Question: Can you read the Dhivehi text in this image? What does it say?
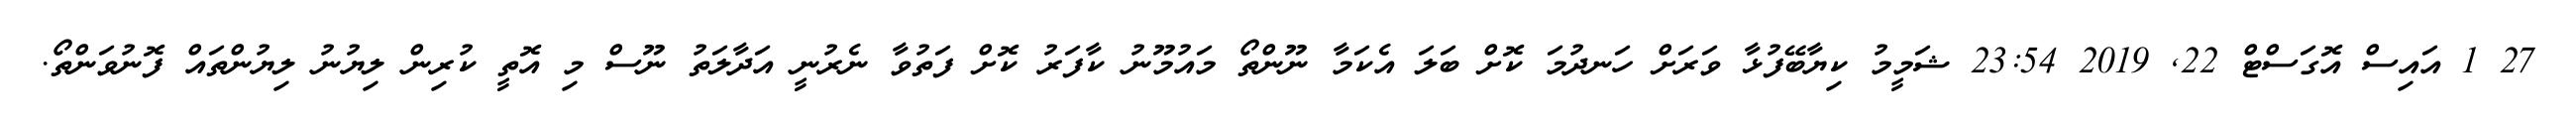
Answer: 27 1 އައިސް އޮގަސްޓް 22, 2019 23:54 ޝަމީމު ކިޔާބޭފުޅާ ވަރަށް ހަނދުމަ ކޮށް ބަލަ އެކަމާ ނޫންތޯ މައުމޫނު ކާފަރު ކޮށް ފަތުވާ ނެރުނީ އަދާލަތު ނޫސް މި އޮތީ ކުރިން ލިޔުނު ލިޔުންތައް ފޮނުވަންތޯ.